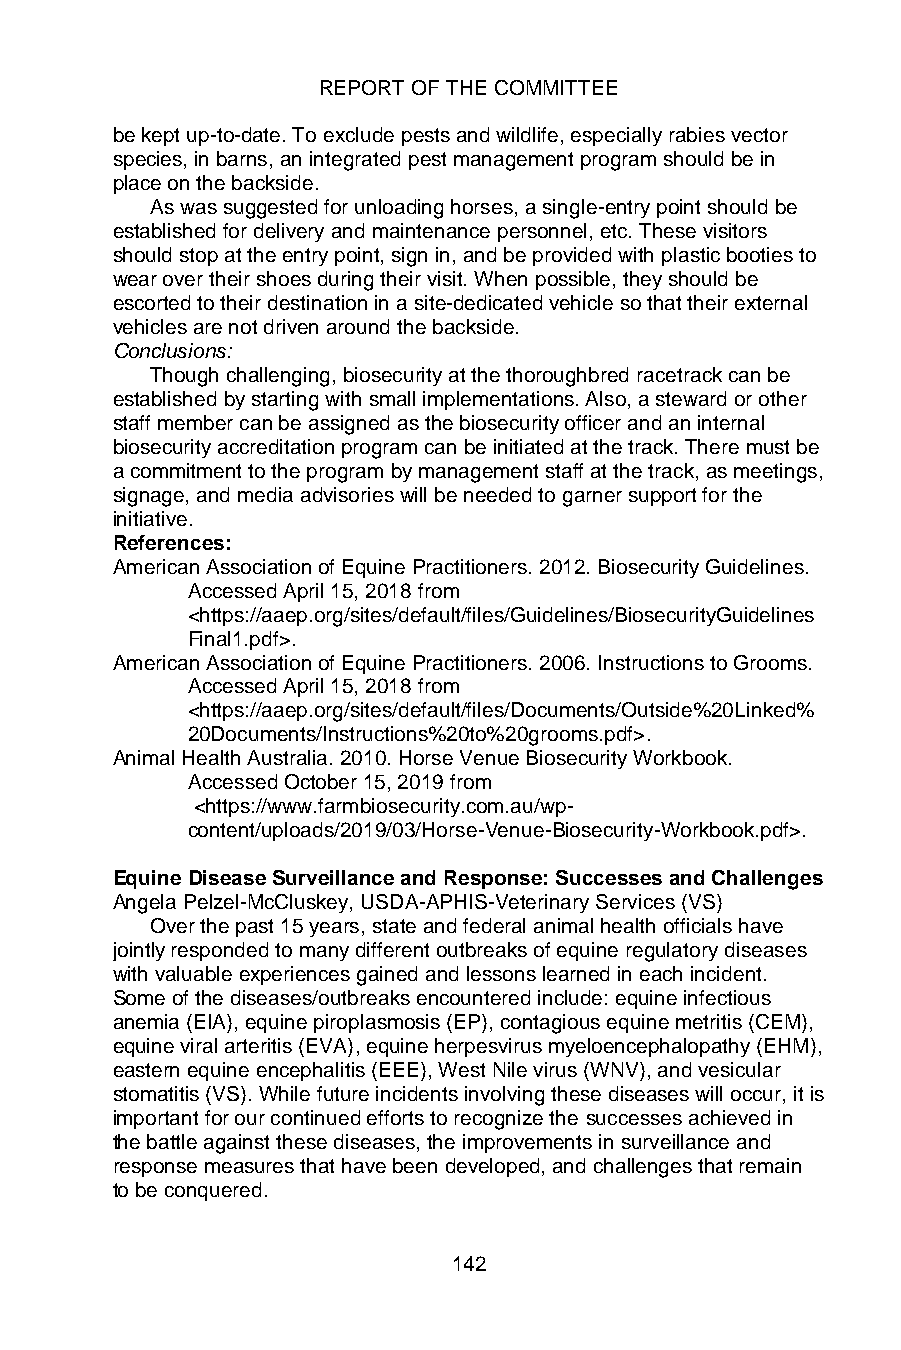
REPORT OF THE COMMITTEE
 be kept up-to-date. To exclude pests and wildlife, especially rabies vector
 species, in barns, an integrated pest management program should be in
 place on the backside.
 As was suggested for unloading horses, a single-entry point should be
 established for delivery and maintenance personnel, etc. These visitors
 should stop at the entry point, sign in, and be provided with plastic booties to
 wear over their shoes during their visit. When possible, they should be
 escorted to their destination in a site-dedicated vehicle so that their external
 vehicles are not driven around the backside.
 Conclusions:
 Though challenging, biosecurity at the thoroughbred racetrack can be
 established by starting with small implementations. Also, a steward or other
 staff member can be assigned as the biosecurity officer and an internal
 biosecurity accreditation program can be initiated at the track. There must be
 a commitment to the program by management staff at the track, as meetings,
 signage, and media advisories will be needed to garner support for the
 initiative.
 References:
 American Association of Equine Practitioners. 2012. Biosecurity Guidelines.
 Accessed April 15, 2018 from
 <https://aaep.org/sites/default/files/Guidelines/BiosecurityGuidelines
 Final1.pdf>.
 American Association of Equine Practitioners. 2006. Instructions to Grooms.
 Accessed April 15, 2018 from
 <https://aaep.org/sites/default/files/Documents/Outside%20Linked%
 20Documents/Instructions%20to%20grooms.pdf>.
 Animal Health Australia. 2010. Horse Venue Biosecurity Workbook.
 Accessed October 15, 2019 from
 <https://www.farmbiosecurity.com.au/wp-
 content/uploads/2019/03/Horse-Venue-Biosecurity-Workbook.pdf>.
 Equine Disease Surveillance and Response: Successes and Challenges
 Angela Pelzel-McCluskey, USDA-APHIS-Veterinary Services (VS)
 Over the past 15 years, state and federal animal health officials have
 jointly responded to many different outbreaks of equine regulatory diseases
 with valuable experiences gained and lessons learned in each incident.
 Some of the diseases/outbreaks encountered include: equine infectious
 anemia (EIA), equine piroplasmosis (EP), contagious equine metritis (CEM),
 equine viral arteritis (EVA), equine herpesvirus myeloencephalopathy (EHM),
 eastern equine encephalitis (EEE), West Nile virus (WNV), and vesicular
 stomatitis (VS). While future incidents involving these diseases will occur, it is
 important for our continued efforts to recognize the successes achieved in
 the battle against these diseases, the improvements in surveillance and
 response measures that have been developed, and challenges that remain
 to be conquered.
 142